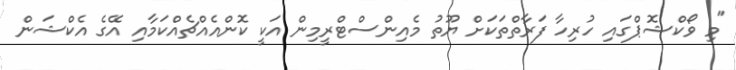
"މި ވޯކްޝޮޕްގައި ހުރިހާ ފަރާތްތަކަށް ޔޫތު މެއިންސްޓްރީމިން އަކީ ކޮންއެއްޗެއްކަމާއި އޭގެ އެކްޝަން